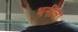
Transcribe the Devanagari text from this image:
भनीला